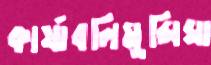
কার্যাবলিমুন্সিঘা